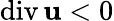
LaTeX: \mathrm{div}\, {\mathbf u}<0